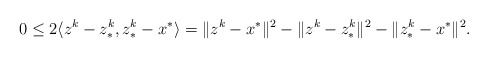
\begin{align*}0 \le 2 \langle z^k-z^k_*,z^k_*-x^*\rangle = \|z^k-x^*\|^2-\|z^k-z^k_*\|^2-\|z^k_*-x^*\|^2.\end{align*}